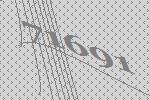
71691